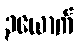
၃ယောက်